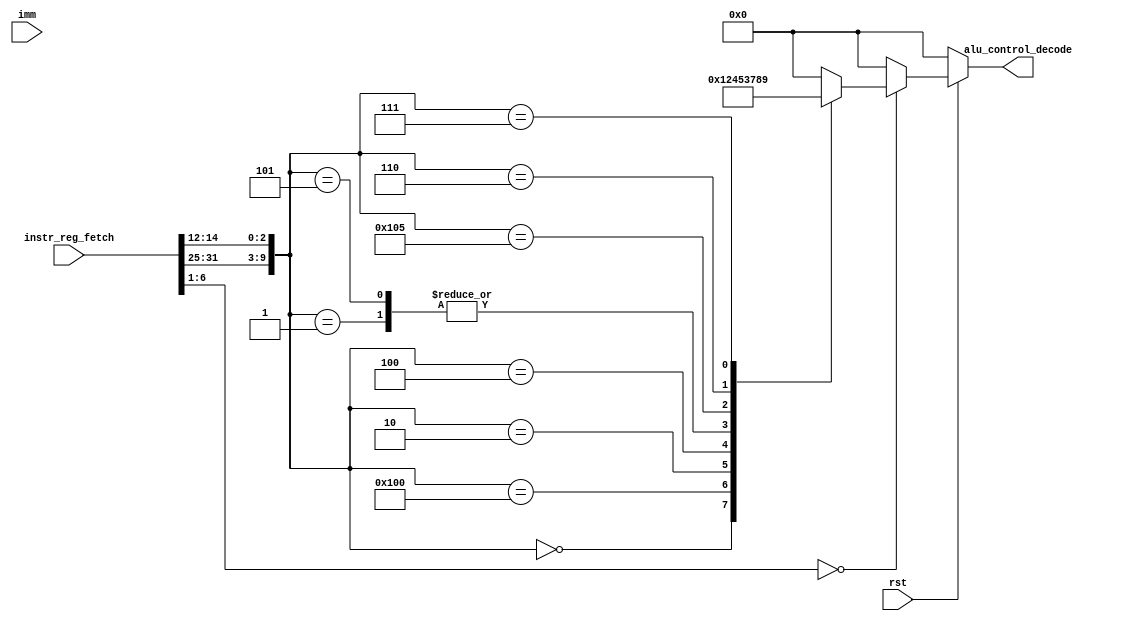
module alu_cntrl1(
input rst,
input [31:0] instr_reg_fetch,
input [31:0]imm,
output reg[3:0] alu_control_decode
);

// R-type funcn 3 concat func7 
wire r_type = instr_reg_fetch[6:0];
parameter ADD = 10'b0000000000;  //Concat funct7 and funct3
parameter SUB = 10'b0100000000;
parameter SLL = 10'b0000000001;  //Shift left logical 
parameter SLT = 10'b0000000010;  //Set less than 
parameter XOR = 10'b0000000100;
parameter SRL = 10'b0000000101;  //Shift right logical 
parameter SRA = 10'b0100000101;  //Shift right arithmetic 
parameter OR =  10'b0000000110;
parameter AND = 10'b0000000111;

//I-type 
wire i_type = instr_reg_fetch[6:0];
 wire ADDI = {imm[11:0], 3'b000};  //Concat funct7 and funct3
  wire SLTI = {imm[11:0], 3'b010};
  wire SLTIU = {imm[11:0], 3'b011};
  wire XORI = {imm[11:0], 3'b100};
  wire ORI =  {imm[11:0], 3'b110};
  wire ANDI = {imm[11:0], 3'b111};
parameter SLLI = 10'b0000000001;
parameter SRLI = 10'b0000000101;
parameter SRAI = 10'b0100000101;
  
// S-Type
wire s_type = instr_reg_fetch[6:0];
  wire SB =  {imm[11:5], 3'b000};
  wire SH = {imm[11:5], 3'b001};
  wire SW = {imm[11:5], 3'b010};

  
  
// B-Type
  wire b_type = instr_reg_fetch[6:0];
  wire BEQ = {imm[12], imm[10:5], 3'b000};
  wire BNE = {imm[12], imm[10:5], 3'b001};
  wire BLT = {imm[12], imm[10:5], 3'b100};
  wire BGE = {imm[12], imm[10:5], 3'b101};
  wire BLTU = {imm[12], imm[10:5], 3'b110};
  wire BGEU = {imm[12], imm[10:5], 3'b111};
  	
 //L-Type 
 wire l_type = instr_reg_fetch[6:0]; 
  wire LB = {imm[11:0], 3'b000};
  wire LH = {imm[11:0], 3'b001};
  wire LW = {imm[11:0], 3'b010};
  wire LBU = {imm[11:0], 3'b100};
  wire LHU = {imm[11:0], 3'b101};
  


// ALU Signal
parameter dum_sig = 4'b0000;
parameter add_sig = 4'b0001;
parameter sub_sig = 4'b0010;
parameter sll_sig = 4'b0011;
parameter slt_sig = 4'b0100;
parameter xor_sig = 4'b0101;
parameter srl_sig = 4'b0011;
parameter sra_sig = 4'b0111;
parameter or_sig  = 4'b1000;
parameter and_sig = 4'b1001;
  
//I-Type signals

parameter addi_sig = 4'b0001;
parameter slti_sig = 4'b0010;
parameter sltiu_sig = 4'b0011;
parameter xori_sig = 4'b0100;
parameter ori_sig = 4'b0101;
parameter andi_sig = 4'b0011;
parameter slli_sig = 4'b0111;
parameter srli_sig  = 4'b1000;
parameter srai_sig = 4'b1001;
  
//B-Type signals 
parameter beq_sig = 3'b000;
  parameter bne_sig = 3'b001;
  parameter blt_sig = 3'b010;
  parameter bge_sig = 3'b011;
  parameter bltu_sig = 3'b100;
  parameter bgeu_sig = 3'b101;
 
  //S-Type 
  parameter sb_sig = 2'b00;
  parameter sh_sig = 2'b01;
  parameter sw_sig = 2'b10;
 
//L-Type signals 
parameter lb_sig = 3'b000;
  parameter lh_sig = 3'b001;
  parameter lw_sig = 3'b010;
  parameter lbu_sig = 3'b011;
  parameter lhu_sig = 3'b100;


always@(*)
begin
	if(!rst)
		begin
			alu_control_decode <= 32'h0;
		end
	else
		begin
			case(instr_reg_fetch[6:0])
				r_type: begin
                  case({instr_reg_fetch[31:25],instr_reg_fetch[14:12]}) //funct7 and funct3
								ADD: alu_control_decode = add_sig;
								SUB: alu_control_decode = sub_sig;
								SLL: alu_control_decode = sll_sig;
                    			SLT: alu_control_decode = slt_sig;
                    			XOR: alu_control_decode = xor_sig;
                    			SRL: alu_control_decode = srl_sig;
                    			SRA: alu_control_decode = sra_sig;
                    			OR: alu_control_decode = or_sig;
                    			AND: alu_control_decode = and_sig;
								default: alu_control_decode = dum_sig;
							endcase
						end
				i_type: begin 
                  //cntrl_sig_decode = 32'h7;//funct7 and funct 3
                  case({instr_reg_fetch[31:25],instr_reg_fetch[14:12]})
                    			ADDI: alu_control_decode = addi_sig;
               					SLTI: alu_control_decode = slti_sig;
								SLTIU: alu_control_decode = sltiu_sig;
                    			XORI: alu_control_decode = xori_sig;
                    			ORI: alu_control_decode = ori_sig;
                    			ANDI: alu_control_decode = andi_sig;
                    			SLLI: alu_control_decode = slli_sig;
                    			SRLI: alu_control_decode = srli_sig;
                    			SRAI: alu_control_decode = srai_sig;
								default: alu_control_decode = dum_sig;

                  endcase
                end
              
				b_type: begin //funct3
                  case ({instr_reg_fetch[31:25],instr_reg_fetch[14:12]})
                     BEQ: alu_control_decode = beq_sig;
                     BNE: alu_control_decode = bne_sig;
                     BLT: alu_control_decode = blt_sig;
                     BGE: alu_control_decode = bge_sig;
                     BLTU: alu_control_decode = bltu_sig;
                     BGEU: alu_control_decode = bgeu_sig;
                    default: alu_control_decode = dum_sig;
                  endcase
                end
				s_type: begin //funct3
                  case ({instr_reg_fetch[31:25],instr_reg_fetch[14:12]})
                    SB: alu_control_decode = sb_sig;
                    SH: alu_control_decode = sh_sig;
                    SW: alu_control_decode = sw_sig;
                    default: alu_control_decode = dum_sig;
                  endcase
                end
                    
				l_type: begin
                  case ({instr_reg_fetch[31:25],instr_reg_fetch[14:12]})
                    LB: alu_control_decode = lb_sig;
					LH: alu_control_decode = lh_sig;
                    LW: alu_control_decode = lw_sig;
					LBU: alu_control_decode = lbu_sig;
                    LHU: alu_control_decode = lhu_sig;
                    default: alu_control_decode = dum_sig;
                  endcase
                end

				default:  alu_control_decode = dum_sig;
			endcase
		end
end
endmodule